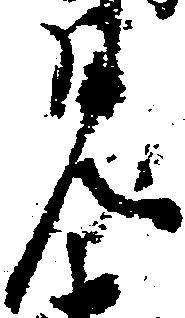
見